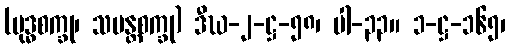
(ဗုဒ္ဓစက္ခု၊ သမန္တစက္ခု) ဒီဃ-၂-ဋ္ဌ-၅၈၊ ပါ-၃၃။ ၁-ဋ္ဌ-၁၆၅၊